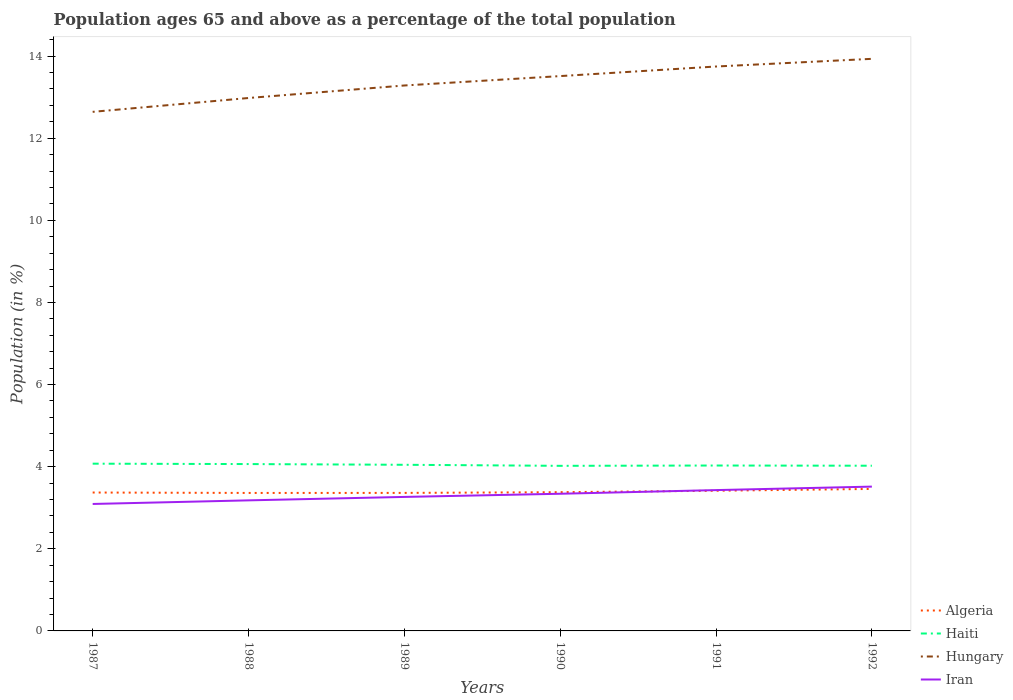
| Years | Algeria | Haiti | Hungary | Iran |
 | --- | --- | --- | --- | --- |
 | 1987 | 3.37 | 4.07 | 12.6 | 3.09 |
 | 1988 | 3.36 | 4.06 | 13 | 3.18 |
 | 1989 | 3.36 | 4.05 | 13.3 | 3.26 |
 | 1990 | 3.38 | 4.02 | 13.5 | 3.34 |
 | 1991 | 3.41 | 4.03 | 13.7 | 3.43 |
 | 1992 | 3.46 | 4.02 | 13.9 | 3.51 |